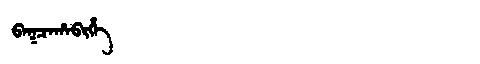
Manchu: ᠪᠠᡴᠴᠠᡥᠠᠪᡳᡥᡝ
Romanization: BAKCAHABIHE